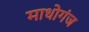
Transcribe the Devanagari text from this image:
माधोगंज